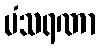
မံသရဏာ